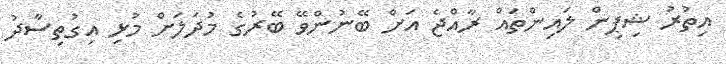
އިތުރު ޝިޕިން ލައިންތައް ރާއްޖެ އަށް ބޭނުންވޭ ބޭރުގެ މުދަލަށް މުޅި އިގުތިސާދު